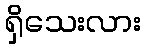
ရှိသေးလား